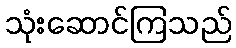
သုံးဆောင်ကြသည်